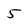
Character: 5